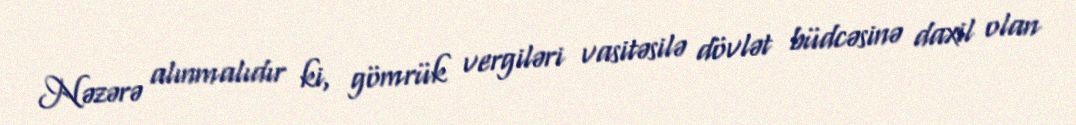
Nəzərə alınmalıdır ki, gömrük vergiləri vasitəsilə dövlət büdcəsinə daxil olan